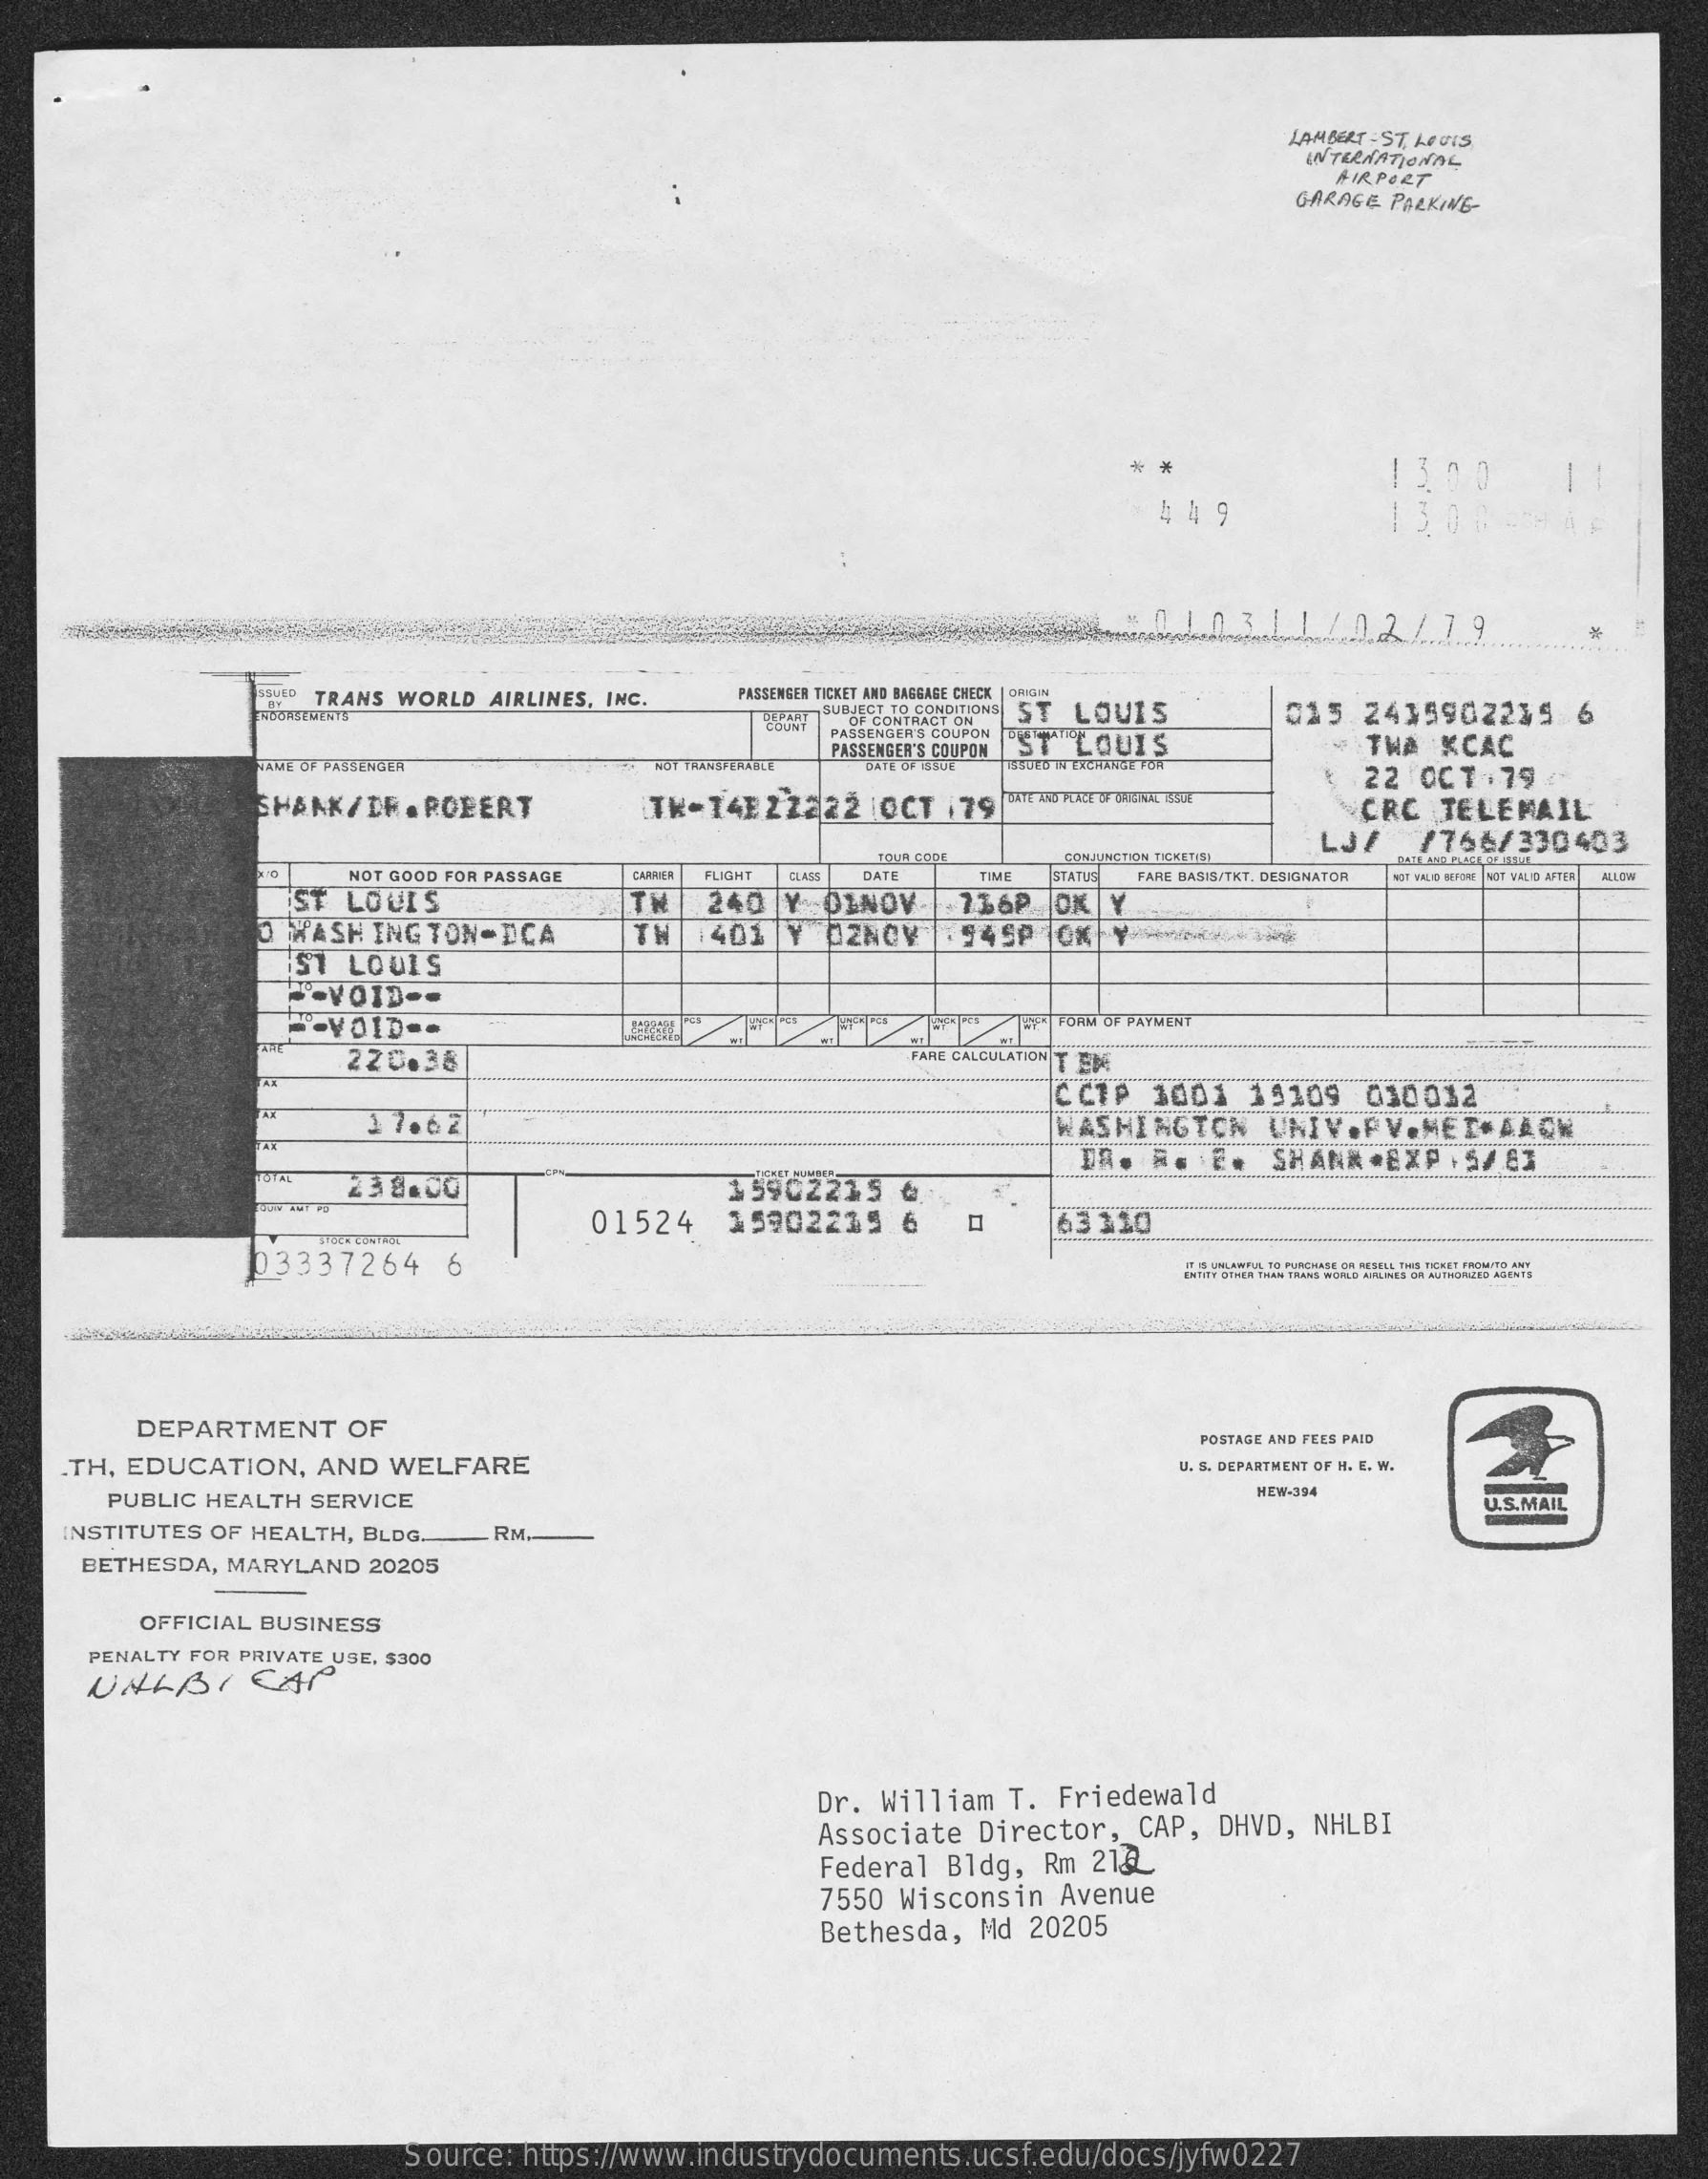
LAMBERT -ST. LOUIS
     AIRPORT
     GARAGE  PARKING-
     4  4 9
     1.031    10.2  1.7.9.
     SSUED TRANS WORLD  AIRLINES, INC.    PASSENGER TICKET AND BAGGAGE CHECK | ORIGIN
     ENDORSEMENTS
     SUBJECT TO CONDITIONS ST LOUIS
     "ST  LOUIS
     015    2415902235    6
     COUNT OF CONTRACT ON
     PASSENGER'S COUPON
     PASSENGER'S COUPON    -  TWA   KCAC
     NAME OF PASSENGER    NOT TRANSFERABLE  DATE OF ISSUE 15GOED A EXCHANGE FOR
     SHANK/DR    . ROBERT    TK-14E22222    0CT   /79
     22  OCT   . 79
     TOATE AND PLACE OF ONEINAL ISSUE
     CRC    TELEMAIL
     LJF    /766/330403
     NOT GOOD FOR PASSAGE    CARRIER
     ST  LOUIS
     FLIGHT    DATE
     CONJUNCTION TIONETISI
     CLASS    TIME   STATUS FARE BASIS/TKT. DESIGNATOR NOT VALID SPORE | NOT VALID AFTER ALLOW
     O WASHINGTON-DCA
     TH    240   Y  DINOV.    736P    OK   Y
     ST  LOUIS
     TH    1401   Y  02NOV    .94SP    Ox
     "-VOID    --
     --  VOID  ..    47 FORM OF PAYMENT
     220.38    FARE CALCULATION TEM
     17.62
     CCTP    1001    19109    010032
     WASHINGTON    UNIV.PV.    MED.AACH
     AN
     238.00
     SHANK
     15902215    &
     01524    15902215    6    63 310 ロ
     03337264    6
     DEPARTMENT    OF
     POSTAGE AND FEES PAID
     .TH,  EDUCATION,    AND    WELFARE    U. S. DEPARTMENT OF H. E. W.
     PUBLIC  HEALTH   SERVICE    HEW-394
     U.S.MAIL
     INSTITUTES  OF HEALTH,  BLDG.    .RM.
     BETHESDA,   MARYLAND    20205
     OFFICIAL  BUSINESS
     PENALTY FOR PRIVATE USE. $300
     Dr.  William    T.  Friedewald
     Associate    Director,    CAP,  DHVD,   NHLBI
     Federal   Bldg,    Rm  212
     7550  Wisconsin    Avenue
     Bethesda,    Md  20205
     Source:   https://www.industrydocuments.ucsf.edu/docs/jyfw0227